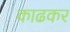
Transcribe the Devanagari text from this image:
काढकर